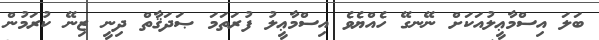
ބަލަ އިސްމާޢީލުއަކަށް ނޭނގޭ ހެއްޔެވެ އިސްމާޢީލު ފުރަތަމަ ޞަދަޤާތް ދިނީ ޒިނޭ ކުރަމުން